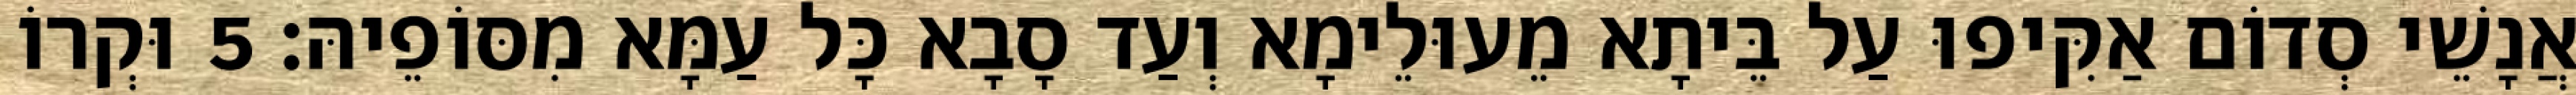
אֲנָשֵׁי סְדוֹם אַקִּיפוּ עַל בֵּיתָא מֵעוּלֵימָא וְעַד סָבָא כָּל עַמָּא מִסּוֹפֵיהּ׃ 5 וּקְרוֹ